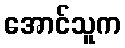
အောင်သူက